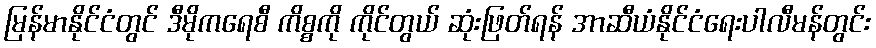
မြန်မာနိုင်ငံတွင် ဒီမိုကရေစီ ကိစ္စကို ကိုင်တွယ် ဆုံးဖြတ်ရန် အာဆီယံနိုင်ငံရေးပါလီမန်တွင်း